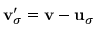
{ \bf v } _ { \sigma } ^ { \prime } = { \bf v } - { \bf u } _ { \sigma }